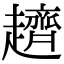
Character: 𧾙